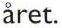
året.